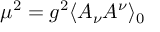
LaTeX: \mu ^ { 2 } = g ^ { 2 } \langle A _ { \nu } A ^ { \nu } \rangle _ { 0 }